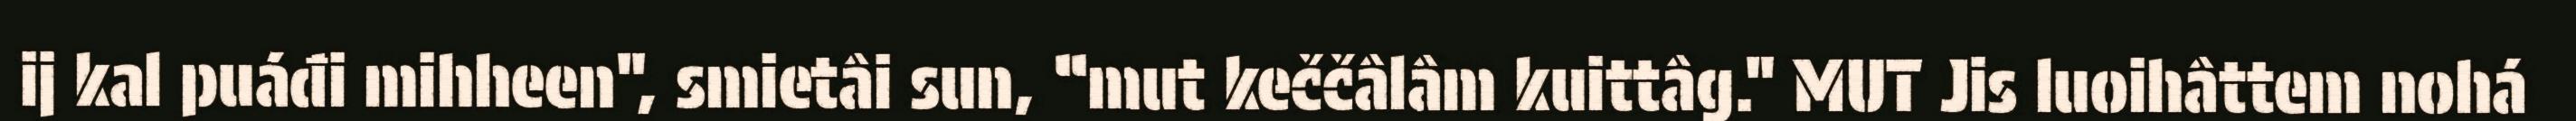
ij kal puáđi mihheen", smietâi sun, “mut keččâlâm kuittâg." MUT Jis luoihâttem nohá